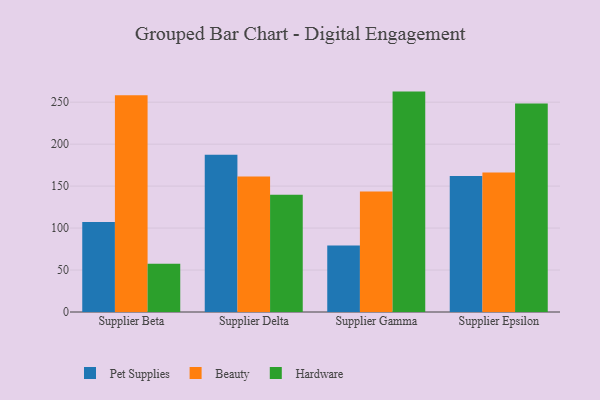
{"axis": {"x": "Supplier", "y": "Temperature (°C)"}, "legend": ["Beauty", "Hardware", "Pet Supplies"], "data": [{"x": "Supplier Beta", "y": 107.2, "type": "Pet Supplies"}, {"x": "Supplier Beta", "y": 258.3, "type": "Beauty"}, {"x": "Supplier Beta", "y": 57.6, "type": "Hardware"}, {"x": "Supplier Delta", "y": 187.5, "type": "Pet Supplies"}, {"x": "Supplier Delta", "y": 161.5, "type": "Beauty"}, {"x": "Supplier Delta", "y": 139.6, "type": "Hardware"}, {"x": "Supplier Gamma", "y": 79.2, "type": "Pet Supplies"}, {"x": "Supplier Gamma", "y": 143.5, "type": "Beauty"}, {"x": "Supplier Gamma", "y": 262.6, "type": "Hardware"}, {"x": "Supplier Epsilon", "y": 162.0, "type": "Pet Supplies"}, {"x": "Supplier Epsilon", "y": 166.2, "type": "Beauty"}, {"x": "Supplier Epsilon", "y": 248.5, "type": "Hardware"}]}